Indian journal of veterinary science and animal husbandry - Volumes 15-17, 1948-1951
Year: 1948
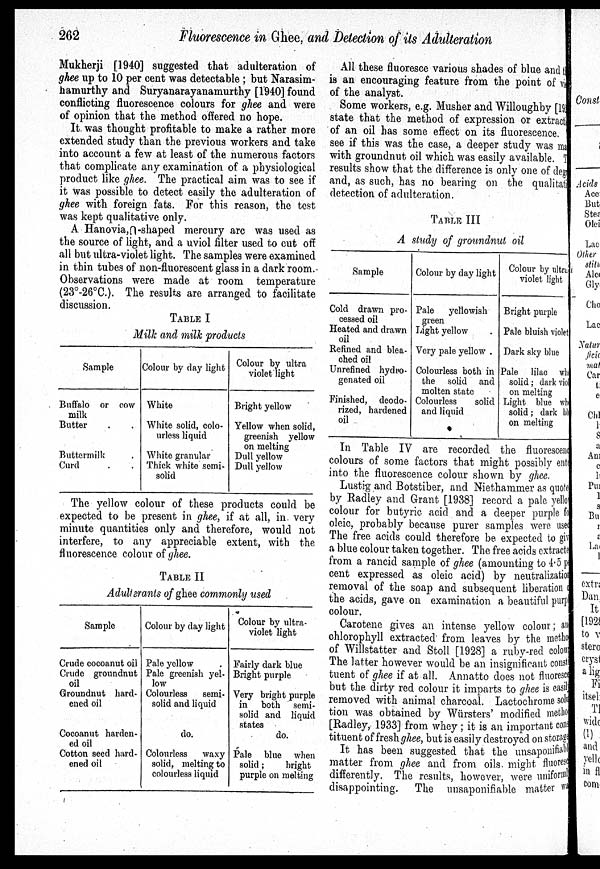
262
Fluorescence in Ghee, and Detection of its Adulteration
Mukherji [1940] suggested that adulteration of
ghee up to 10 per cent was detectable; but Narasim-
hamurthy and Suryanarayanamurthy [1940] found
conflicting fluorescence colours for ghee and were
of opinion that the method offered no hope.
It was thought profitable to make a rather more
extended study than the previous workers and take
into account a few at least of the numerous factors
that complicate any examination of a physiological
product like ghee. The practical aim was to see if
it was possible to detect easily the adulteration of
ghee with foreign fats. For this reason, the test
was kept qualitative only.
A Hanovia,∩-shaped mercury are was used as
the source of light, and a uviol filter used to cut off
all but ultra-violet light. The samples were examined
in thin tubes of non-fluorescent glass in a dark room.
Observations were made at room temperature
(23º-26ºC.). The results are arranged to facilitate
discussion.
TABLE I
Milk and milk products
Sample
Buffalo or cow
milk
Butter . .
Buttermilk .
Curd . .
Colour by day light
White
White solid, colo-
urless liquid
White granular
Thick white semi-
solid
Colour by ultra
violet light
Bright yellow
Yellow when solid,
greenish yellow
on melting
Dull yellow
Dull yellow
The yellow colour of these products could be
expected to be present in ghee, if at all, in very
minute quantities only and therefore, would not
interfere, to any appreciable extent, with the
fluorescence colour of ghee.
TABLE II
Adulterants of ghee commonly used
Sample
Crude cocoanut oil
Crude groundnut
oil
Groundnut hard-
ened oil
Cocoanut harden-
ed oil
Cotton seed hard-
ened oil
Colour by day light
Pale yellow
Pale greenish yel-
low
Colourless semi-
solid and liquid
do.
Colourless waxy
solid, melting to
colourless liquid
Colour by ultra-
violet light
Fairly dark blue
Bright purple
Very bright purple
in both semi-
solid and liquid
states do.
Pale blue when
solid;
bright
purple on melting
All these fluoresce various shades of blue and t
is an encouraging feature from the point of vi
of the analyst.
Some workers, e.g. Musher and Willoughby [19
state that the method of expression or extract
of an oil has some effect on its fluorescence.
see if this was the case, a deeper study was ma
with groundnut oil which was easily available. T
results show that the difference is only one of deg
and, as such, has no bearing on the qualitati
detection of adulteration.
TABLE III
A study of groundnut oil
Sample
Cold drawn pro-
cessed oil
Heated and drawn
oil
Refined and blea-
ched oil
Unrefined hydro-
genated oil
Finished, deodo-
rized, hardened
oil
Colour by day light
Pale yellowish
green
Light yellow .
Very pale yellow .
Colourless both in
the solid and
molten state
Colourless
solid
and liquid
Colour by ultra
violet light
Bright purple
Pale bluish violet
Dark sky blue
Pale lilac when
solid; dark violet
on melting
Light blue when
solid; dark blue
on melting
In Table IV are recorded the fluorescen
colours of some factors that might possibly ent
into the fluorescence colour shown by ghee.
Lustig and Botstiber, and Niethammer as quote
by Radley and Grant [1938] record a pale yello
colour for butyric acid and a deeper purple fa
oleic, probably because purer samples were use
The free acids could therefore be expected to giv
a blue colour taken together. The free acids extracte
from a rancid sample of ghee (amounting to 4.5 p
cent expressed as oleic acid) by neutralizatio
removal of the soap and subsequent liberation
the acids, gave on examination a beautiful purpl
colour.
Carotene gives an intense yellow colour; an
chlorophyll extracted from leaves by the metho
of Willstatter and Stoll [1928] a ruby-red colour
The latter however would be an insignificant const
tuent of ghee if at all. Annatto does not fluoresce
but the dirty red colour it imparts to ghee is easil
removed with animal charcoal. Lactochrome solu
tion was obtained by Würsters' modified method
[Radley, 1933] from whey; it is an important con
tituent of fresh ghee, but is easily destroyed on storage
It has been suggested that the unsaponifiabl
matter from ghee and from oils might fluoresc
differently. The results, however, were uniforml
disappointing. The unsaponifiable matter wa